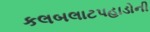
કલબલાટપહાડોની